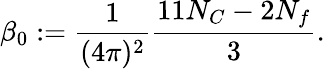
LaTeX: \beta_{0}:=\frac{1}{(4\pi)^{2}}\frac{11N_{C}-2N_{f}}{3}.